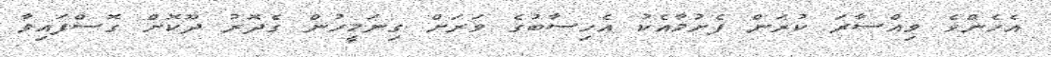
އެހެންވެ ވިއްސާރަ ކުރަން ފެށުމާއެކު އެހިސާބުގެ ވަރަށް ގިނަމީހުން ގެދޮރު ދޫކޮށް ގޮސްފައިވާ